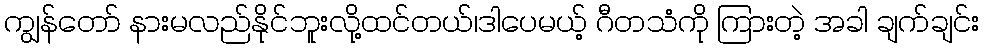
ကျွန်တော် နားမလည်နိုင်ဘူးလို့ထင်တယ်၊ဒါပေမယ့် ဂီတသံကို ကြားတဲ့ အခါ ချက်ချင်း